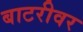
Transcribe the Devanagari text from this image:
बाटरीवर